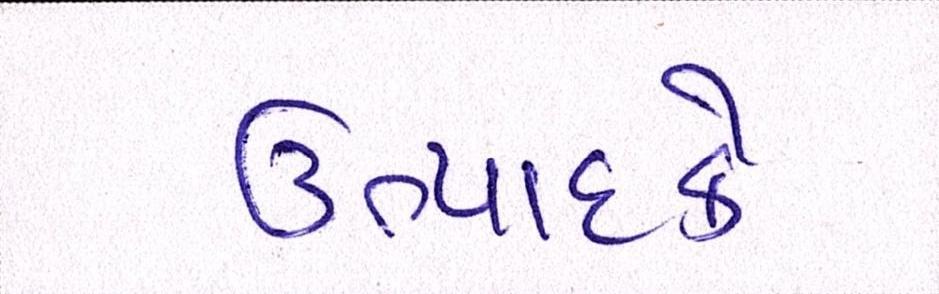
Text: ઉત્પાદકે